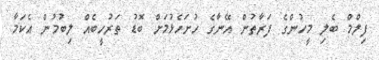
ފިލްމް ބެލި މީހުންގެ ފަރާތުން އޭނާގެ ހުށަހެޅުމަށް ބޮޑު ތަރުހީބެއް ލިބުމުން އެކަމާ